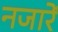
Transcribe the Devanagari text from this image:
नजारें